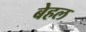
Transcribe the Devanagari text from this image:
बेहल